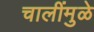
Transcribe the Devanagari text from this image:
चालींमुळे